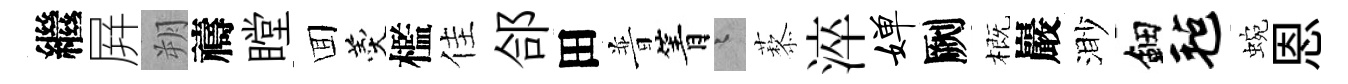
繼屛朔禱瞠囬羹檻佳郃田普箐迢藜淬婵劂概巖渺鈿毡蜿恩